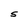
Character: S